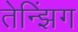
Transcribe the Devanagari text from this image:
तेन्झिंग